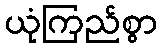
ယုံကြည်စွာ